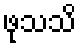
ဖုသသိ